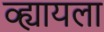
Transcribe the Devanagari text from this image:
व्ह्यायला